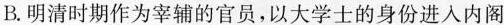
B.明清时期作为宰辅的官员，以大学士的身份进入内阁